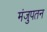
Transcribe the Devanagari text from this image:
मंजुपतन